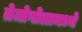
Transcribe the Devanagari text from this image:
तेजोगोलामध्ये